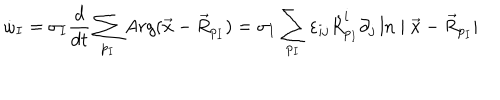
LaTeX: \dot { \omega } _ { I } = \sigma _ { I } \frac { d } { d t } \sum _ { p _ { I } } A r g ( \vec { x } - \vec { R } _ { p _ { I } } ) = \sigma _ { I } \sum _ { p _ { I } } \varepsilon _ { i j } \dot { R } _ { p _ { I } } ^ { i } \partial _ { j } \ln \mid \vec { x } - \vec { R } _ { p _ { I } } \mid \; \;